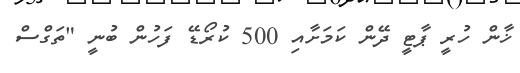
ޚާން ހުރީ ޕާޓީ ދޭން ކަމަށާއި 500 ކުރޯޑޭ ފަހުން ބުނީ "ތަގްސް